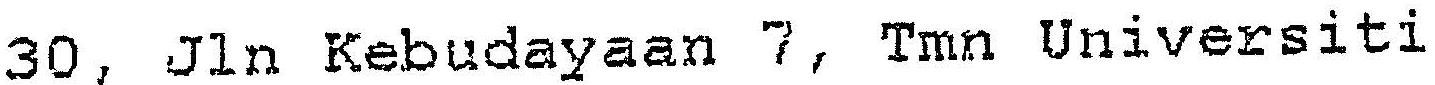
30, JLN KEBUDAYAAN 7, TMN UNIVERSITI